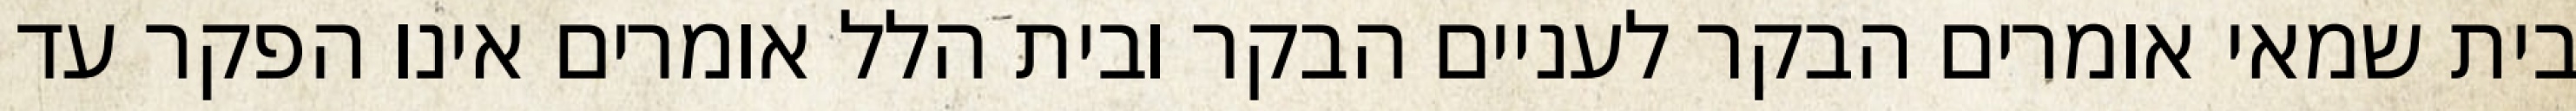
בית שמאי אומרים הבקר לעניים הבקר ובית הלל אומרים אינו הפקר עד